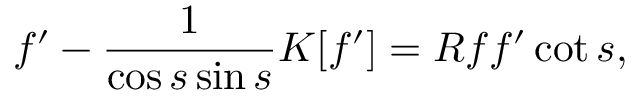
f ^ { \prime } - \frac { 1 } { \cos s \sin s } K [ f ^ { \prime } ] = R f f ^ { \prime } \cot s ,